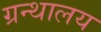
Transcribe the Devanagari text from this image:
ग्रन्‍थालय